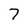
Character: 7